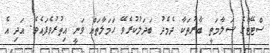
ސްޓޭޓްގެ ސަލާމަތީ ބާރުތަކާ ދެމެދު ބަދަލުކުރެވޭ ހަމަލާތައް ވަނީ އިތުރުވެފައެވެ. އަދި އެ